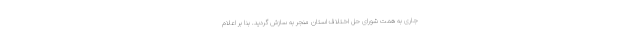
جاری به همت شورای حل اختلاف استان منجر به سازش گردید. بنا بر اعلام